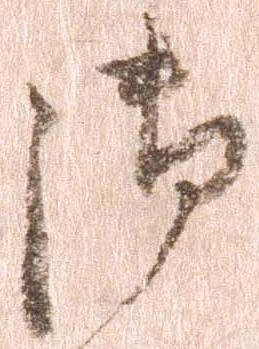
御